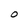
Character: O